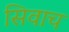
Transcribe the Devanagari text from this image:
सिवाच